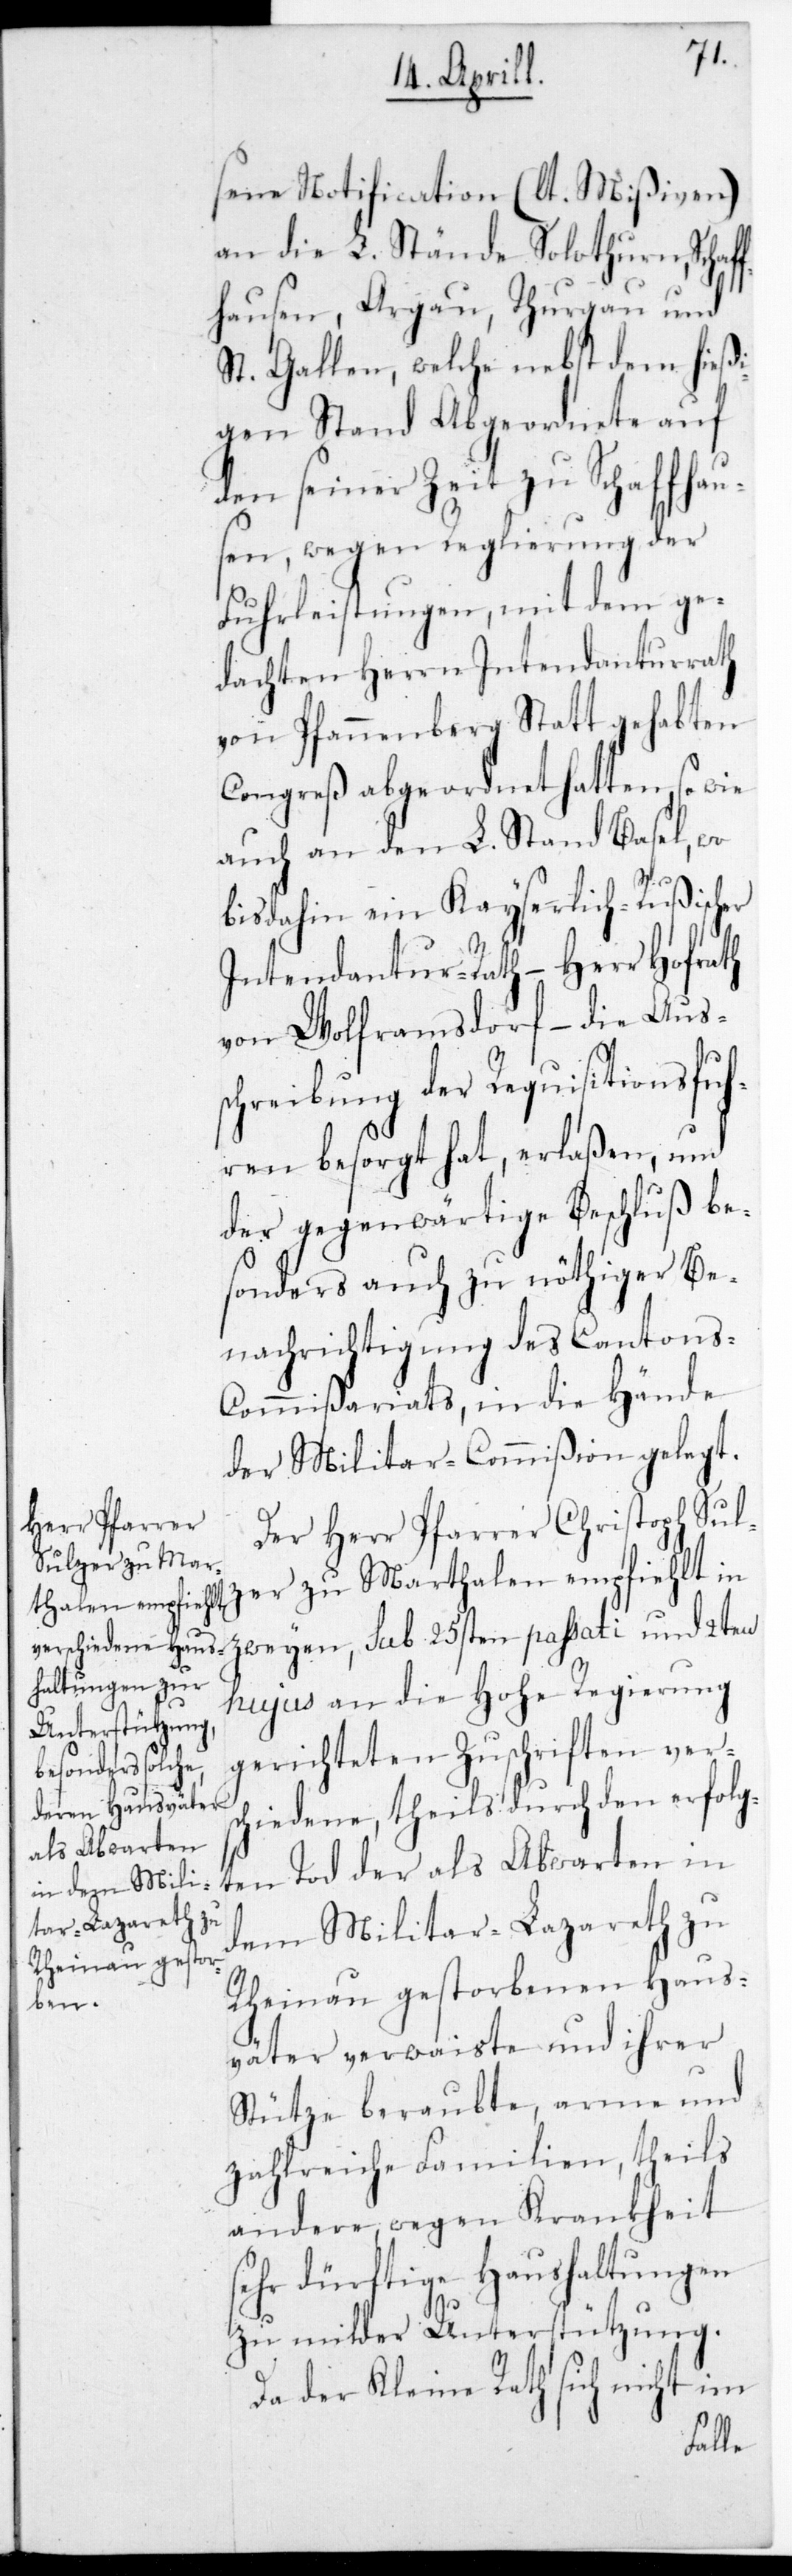
sene Notification (lt. Mißiven)
an die L. Stände Solothurn, Schaf¬
fhausen, Argau, Thurgau und
St. Gallen, welche nebst dem hießi¬
gen Stand Abgeordnete auf
den seiner Zeit zu Schaffhaus¬
en, wegen Reglierung der
Fuhrleistungen mit dem ge¬
dachten Herrn Intendanturrath
von Pfannenberg Statt gehabten
Congreß abgeordnet hatten, sowie
auch an den L. Stand Basel, wo
bis dahin ein Kayserlich-Rußischer
Intendantur-Rath, – Herr Hofrath
von Wolframsdorf – die Aus¬
schreibung der Requisitionsfuh¬
ren besorgt hat, erlaßen, und
der gegenwärtige Beschluß be¬
sonders auch zu nöthiger Be¬
nachrichtigung des Cantons-C¬
ommißariats, in die Hände
der Militar-Commißion gelegt.
Der Herr Pfarrer Christoph Sul¬
zer zu Marthalen empfiehlt in
hujus an die Hohe Regierung
gerichteten Zuschriften versc¬
hiedene, theils durch den erfolg¬
ten Tod der als Abwarten in
dem Militär-Lazareth zu
Rheinau gestorbenen Haus¬
väter verwaiste und ihrer
Stütze beraubte, arme und
zahlreiche Familien, theils
andere, wegen Krankheit
sehr dürftige Haushaltungen
zu milder Unterstützung.
Da der Kleine Rath sich nicht im